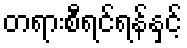
တရားစီရင်ရန်နှင့်